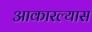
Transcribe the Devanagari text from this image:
आकारल्यास